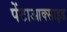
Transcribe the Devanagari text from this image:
पेंटाआक्साइड